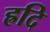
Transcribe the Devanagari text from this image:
ह्रदि